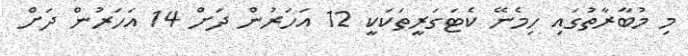
މި މުބާރާތުގައި ހިމެނޭ ކެޓަގަރީތަކަކީ 12 އަހަރުން ދަށް 14 އަހަރުން ދަށް